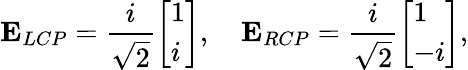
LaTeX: \mathbf{{E}}_{LCP}=\frac{i}{\sqrt{2}}\left[\begin{array}{l}{1}\\ {i}\end{array}\right],\quad\mathbf{{E}}_{RCP}=\frac{i}{\sqrt{2}}\left[\begin{array}{l}{1}\\ {-i}\end{array}\right],